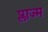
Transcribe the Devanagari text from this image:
प्लाज्म